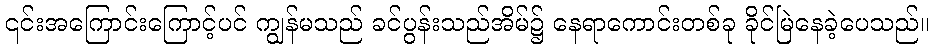
၎င်းအကြောင်းကြောင့်ပင် ကျွန်မသည် ခင်ပွန်းသည်အိမ်၌ နေရာကောင်းတစ်ခု ခိုင်မြဲနေခဲ့ပေသည်။